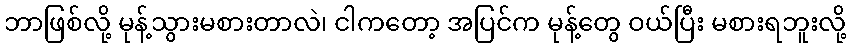
ဘာဖြစ်လို့ မုန့်သွားမစားတာလဲ၊ ငါကတော့ အပြင်က မုန့်တွေ ဝယ်ပြီး မစားရဘူးလို့